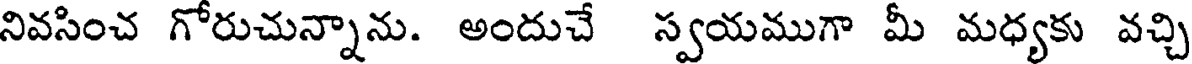
నివసించ గోరుచున్నాను. అందుచే స్వయముగా మీ మధ్యకు వచ్చి